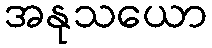
အနုသယော